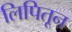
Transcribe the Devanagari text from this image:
लिपितून